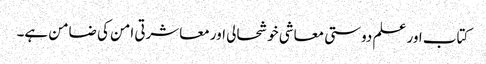
کتاب اور علم دوستی معاشی خوشحالی اور معاشرتی امن کی ضامن ہے۔